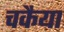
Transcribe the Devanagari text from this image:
चकैया